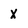
Character: X